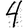
Digit: 4